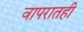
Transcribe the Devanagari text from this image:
वापरातही